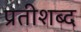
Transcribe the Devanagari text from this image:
प्रतीशब्द